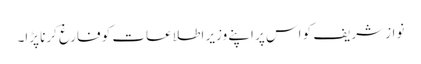
نواز شریف کو اس پر اپنے وزیر اطلاعات کو فارغ کرنا پڑا۔